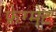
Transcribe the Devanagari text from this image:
फ़्रेग्मेंट